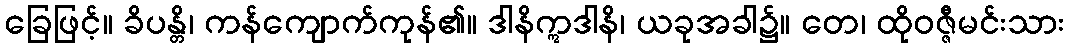
ခြေဖြင့်။ ခိပန္တိ၊ ကန်ကျောက်ကုန်၏။ ဒါနိဣဒါနိ၊ ယခုအခါ၌။ တေ၊ ထိုဝဇ္ဇီမင်းသား